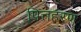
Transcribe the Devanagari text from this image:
पित्तहरण